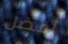
أفضل